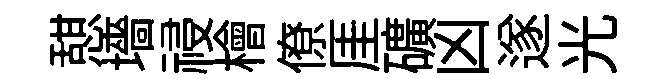
憇墻祲檜僚厓礦凶遂光